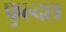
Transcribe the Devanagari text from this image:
फुल्दछ